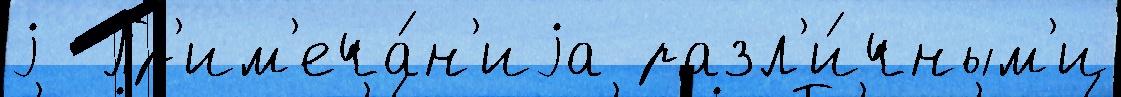
j  Пр'им'еча́н'иjа разл'и́чным'и